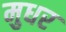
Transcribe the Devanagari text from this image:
मुधर